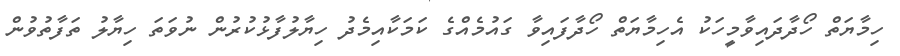
ހިމާޔަތް ހޯދާދައިވާމީހަކު އެހިމާޔަތް ހޯދާފައިވާ ގައުމެއްގެ ކަމަކާއިމެދު ހިޔާލުފާޅުކުރުން ނުވަތަ ހިޔާލު ތަފާތުވުން